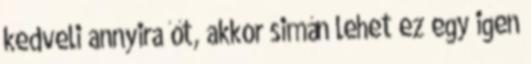
kedveli annyira őt, akkor simán lehet ez egy igen